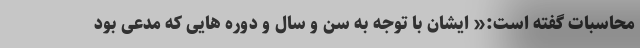
محاسبات گفته است:« ایشان با توجه به سن و سال و دوره هایی که مدعی بود